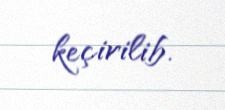
keçirilib.